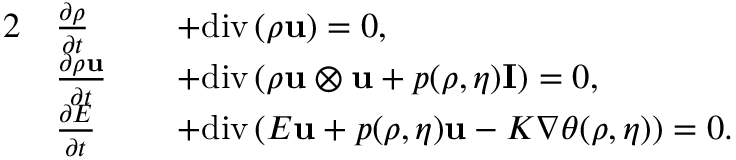
\begin{array} { r l r l } { { 2 } } & { \frac { \partial \rho } { \partial t } } & & { + \mathrm { d i v } \left( \rho \mathbf { u } \right) = 0 , } \\ & { \frac { \partial \rho \mathbf { u } } { \partial t } } & & { + \mathrm { d i v } \left( \rho \mathbf { u } \otimes \mathbf { u } + p ( \rho , \eta ) \mathbf { I } \right) = 0 , } \\ & { \frac { \partial E } { \partial t } } & & { + \mathrm { d i v } \left( E \mathbf { u } + p ( \rho , \eta ) \mathbf { u } - K \nabla \theta ( \rho , \eta ) \right) = 0 . } \end{array}